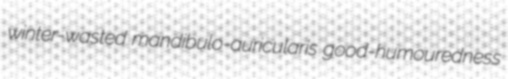
winter-wasted mandibulo-auricularis good-humouredness